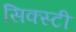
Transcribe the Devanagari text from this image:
सिक्स्टी